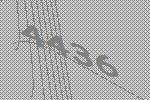
4436